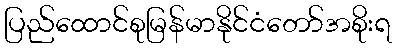
ပြည်ထောင်စုမြန်မာနိုင်ငံတော်အစိုးရ